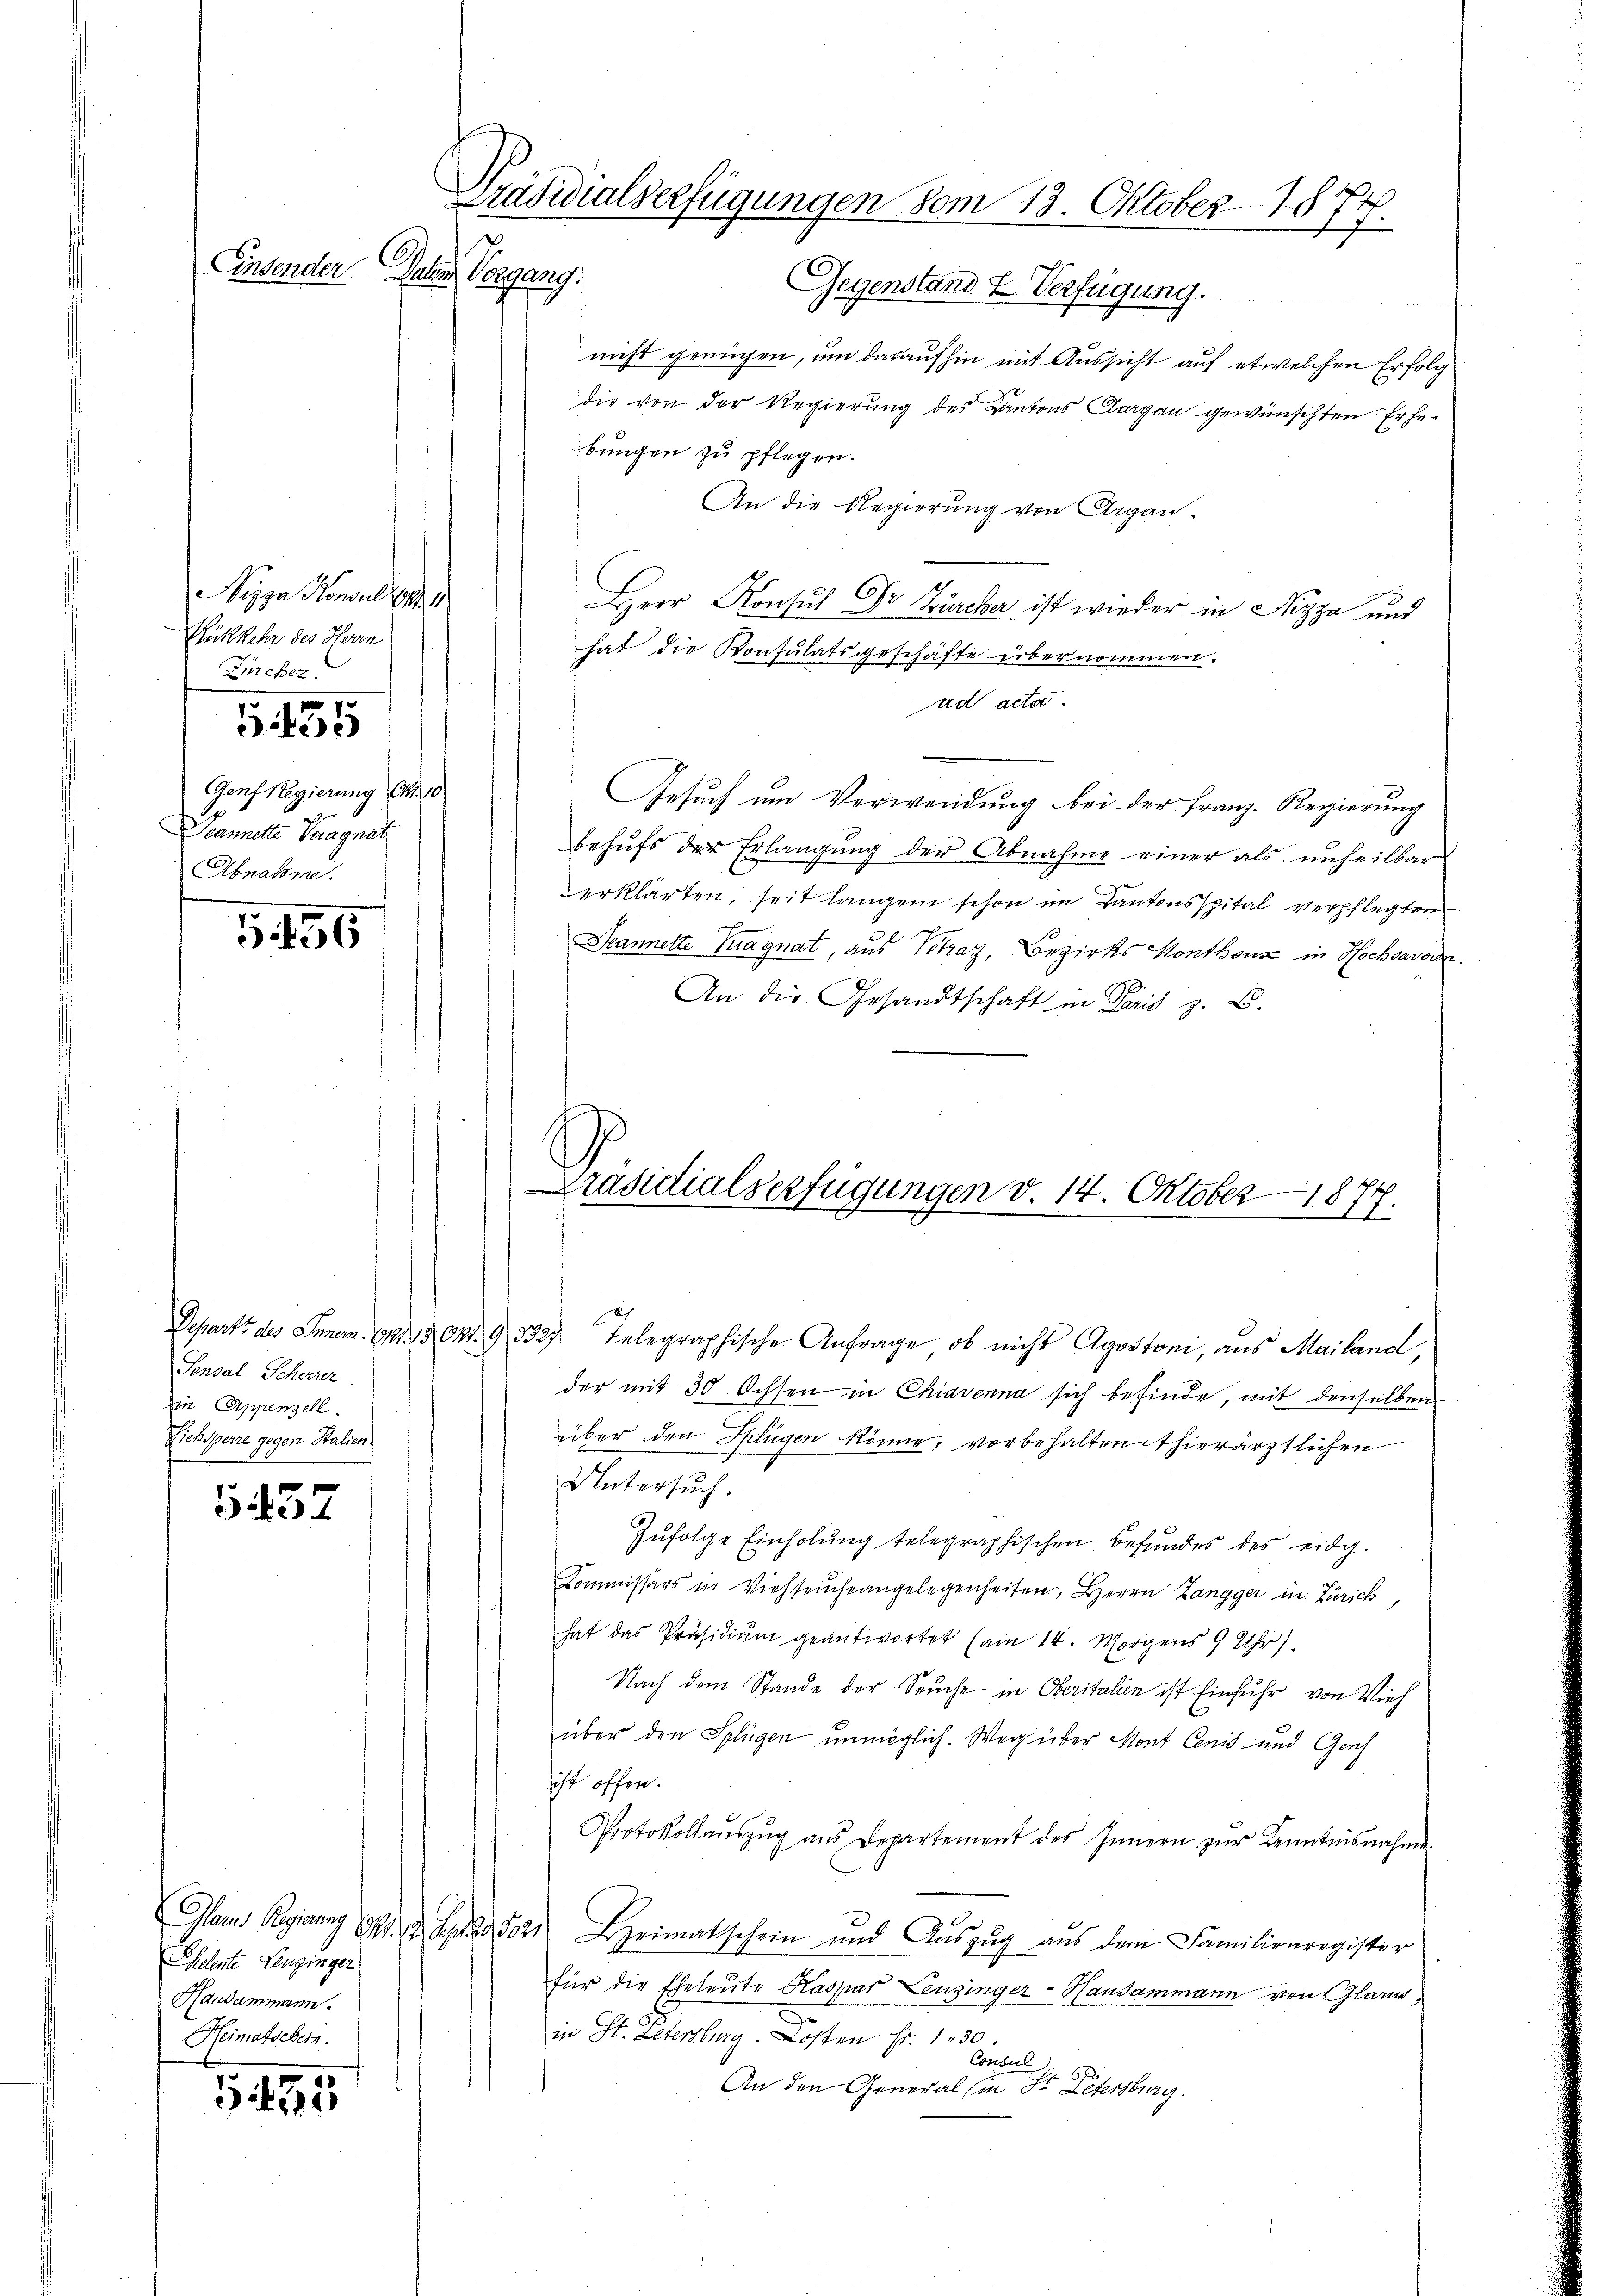
Einsender Jahre Vorgang.

156

557

heleute Lenzingen
Haudammann.
Heimatschein.

595

Nizza Honsul 1891
Rükkehr des Herrn
Zürcher.
555
Genf Regierung Okt. 10
Deannette Pragnat
Abnahme.

Sensal Scherrez
in Appenzell.
Liehsperre gegen Stalien.

Präsidialserfügungen vom 13. Oktober 1874.

Gegenstand & Verfügung.
nicht genügen, um daraufhin mit Aussicht auf etwelchen Erfolg
die von der Regierung des Kantons Aargau gewünschten Erhebungen zu pflegen.
An die Regierung von Aargau.
Herr Konsul Dr. Zürcher ist wieder in Nizza und
hat die Konsulatsgeschäfte übernommen.
ad acta.
Gesuch um Verwendung bei der Franz. Regierung
behufs der Erlangung der Abnahme einer als unheilbar
erklärten, seit langen schon im Kantonsspital verpflegten
Seannelte Tagnat, aus Petraz, Bezirks Montheus in Hochsavoir.
An die Gesandtschaft in Paris z. B.

Präsidialverfügungen v. 14. Oktober 1877.

Depart des Innern. Ort. 302. 93327. Telegraphische Anfrage, ob nicht Agostoni, aus Mailand,
der mit 30 Ochsen in Chiavenna sich befinde, mit denselben
über den Splügen könne, vorbehalten thierärztlichen
Untersuch.
Zŭfolge Einholung telegraphischen Befundes des eidg.
Commissärs in Viehseucheangelegenheiten, Herrn Zangger in Zürich,
hat das Präsidiŭm geantwortet (am 14. Morgens 9 Uhr).
Nach dem Stande der Seuche in Oberitalien ist Einfuhr von Vieh
über den Splügen unmöglich. Weg über Mont Cenis und Genf
ist offen.
Protokollaŭszŭg aŭs Departement des Innern zŭr Kenntnisnahme
Glarus Regierung 17. Sept. 5024 Heimatschein und Aŭszŭg aŭs dem Familienregister
für die Eheleute Kaspar Leuginger-Hausammann von Glarus,
in St. Letersberg-Kosten Fr. 130.
Consul 6 f
An den General (in St. Letersburg.